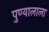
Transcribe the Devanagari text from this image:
पुण्यालाला